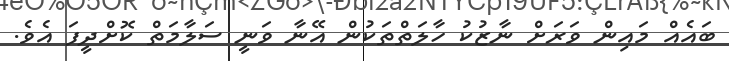
ބައެއް މައިން ވަރަށް ނާޒުކު ހާލަތްތަކުން އޭނާ ވަނީ ސަލާމަތް ކޮށްދީފަ އެވެ.